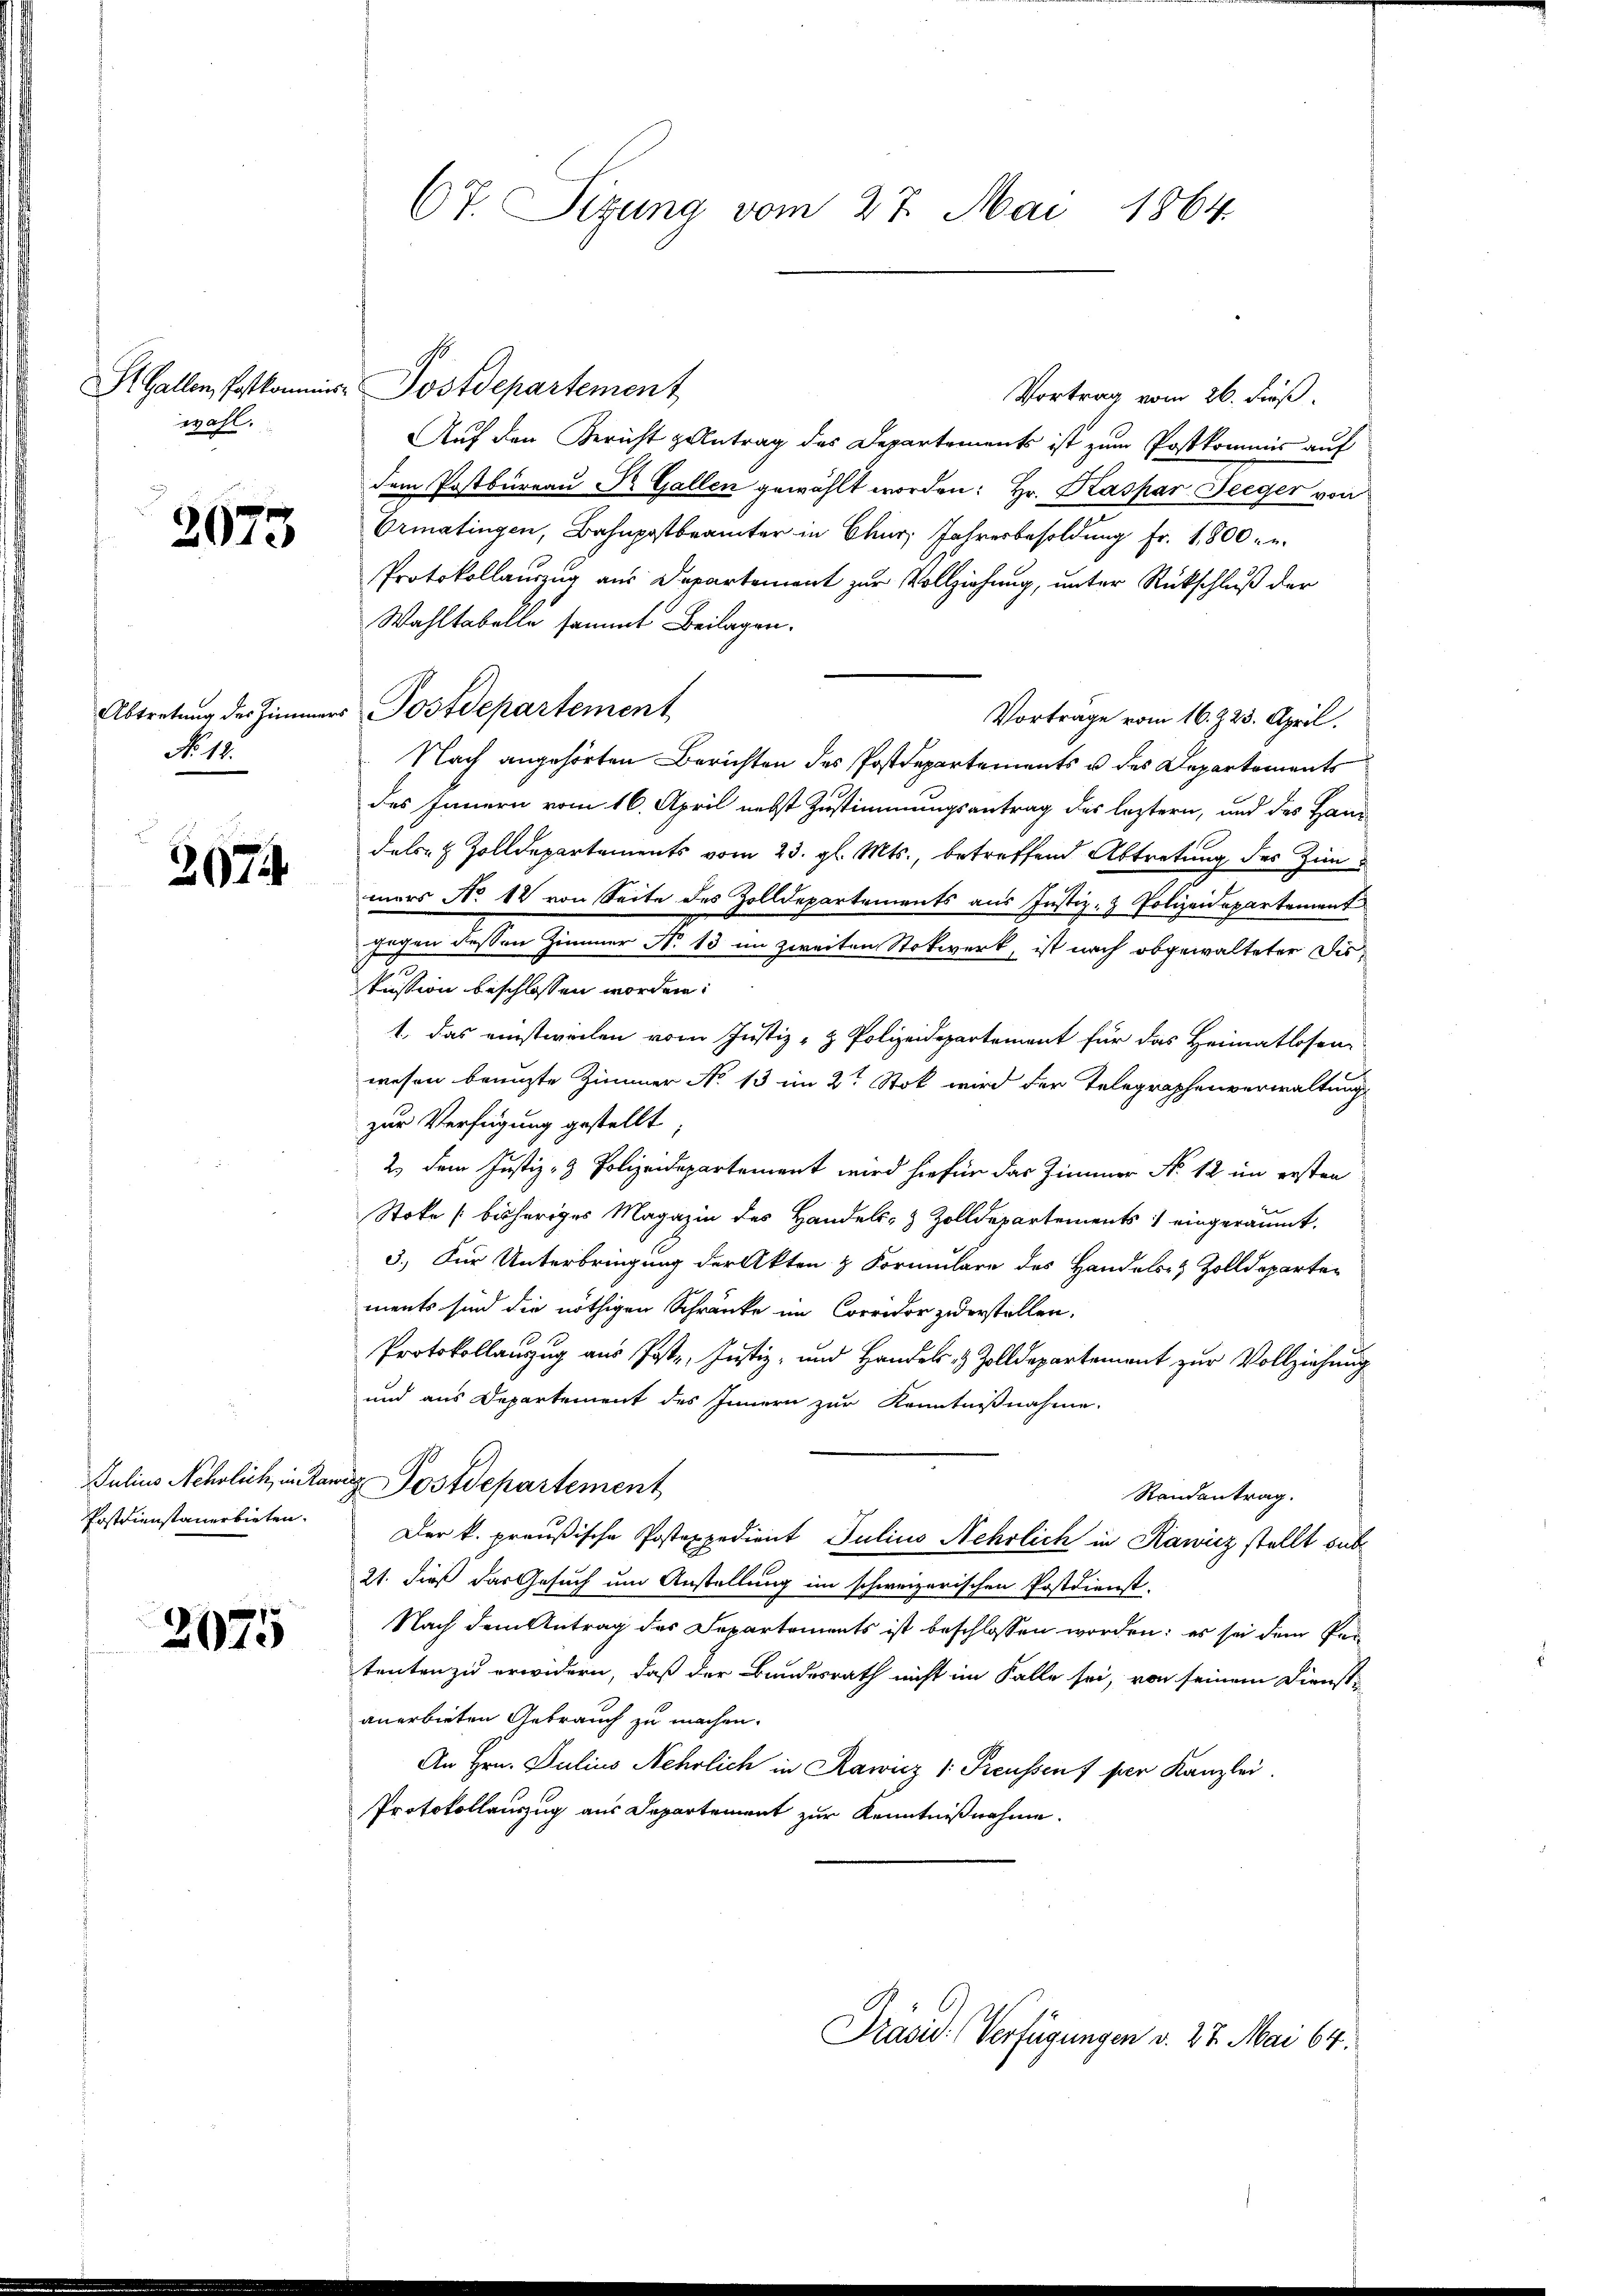
St. Gallen, Postkommiswahl.

2673

Abtretung des Zimmers
No. 18.

3074

Julius Nehrlich, in Kan
Postdienstanerbieten.

2075

67. Sizung vom 27. Mai 1864.

Postdepartement
Vortrag vom 26. dieß.
Auf den Bericht gantrag des Departements ist zum Postkommis auf
dem Postbureau Dr. Gallen gewählt worden: Hr. Kaspar Seeger von
Ermatingen, Bahnpostbeamter in Chur, Jahresbesoldung Fr. 1,800 - u
Protokollauszug aus Departement zur Vollziehung, unter Rückschluß der
Wahltabelle sammt Beilagen.
Postdepartement
Vortrage vom 16. Z. 23. April.
Nach angehörten Berichten des Postdepartements u des Departements
des Innern vom 16. April nebst Zustimmungsantrag des leztern, und des Handels- & Zolldepartements vom 23. gl. Mts., betreffend Abtretung des Zimmers No 12 von Seite des Zolldepartements aus Justiz- & Polizeidepartement
gegen dessen Zimmer N. 13 im zweiten Stokwerk, ist nach obgewalteter Dis¬
J
kussion beschlossen worden:
1., das einstweilen vom Justiz- & Polizeidepartement für das Heimatlosen
wesen bringte Zimmer No 13 im 2t Stok wird der Telegraphenverwaltung
zur Verfügung gestellt
2.) Dem Justiz- & Polizeidepartement wird hiefür das Zimmer No 12 im ersten
Stoke (bisheriges Magazin des Handels- & Zolldepartements eingeräumt.
3.) Für Unterbringung der Akten & Formulare des Handels- & Zolldeparten
ments sind die nöthigen Schränke im Corridor zuerstellen.
Protokollanzug aus Poste, Justiz- und Handels- & Zolldepartement zur Vollziehung
und aus Departement des Innern zur Kenntnißnahme.
 Postdepartement
Randantrag.
Der k. preußische Postexpedient Julius Mehrlich in Kawicz stellt sub
21. dieß das Gesuch um Anstellung im schweizerischen Postdienst-
Nach dem Antrag des Departements ist beschlossen worden; es sei dem Per
tenten zu erwidern, daß der Bundesrath nicht im Falle sei, von seinem Dienste
anerbieten Gebrauch zu machen.
An Hrn. Julius Nehrlich in Rawiz 1. Preussen) per Kanzlei.
Protokollauszug aus Departement zur Kenntnißnahme.

Präsid. Verfügungen v. 27. Mai 64.